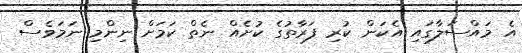
އެ މައްސަލާގައި އެކަން ކުރި ފަރާތުގެ ކުށެއް ނެތް ކަމަށް ނިންމި ނަމަވެސް